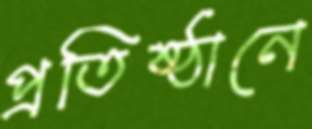
প্রতিষ্ঠানে